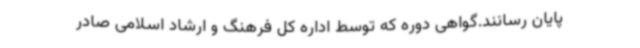
پایان رسانند.گواهی دوره که توسط اداره کل فرهنگ و ارشاد اسلامی صادر